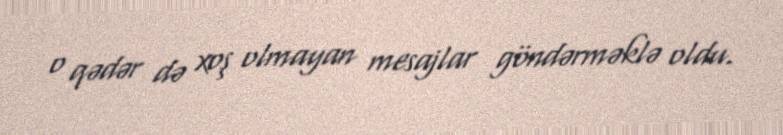
o qədər də xoş olmayan mesajlar göndərməklə oldu.